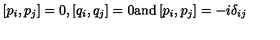
\left[ p _ { i } , p _ { j } \right] = 0 , \left[ q _ { i } , q _ { j } \right] = 0 \mathrm { a n d } \left[ p _ { i } , p _ { j } \right] = - i \delta _ { i j }